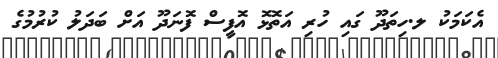
އެކަމަކު ލ.ހިތަދޫ ގައި ހުރި އަތޮޅޮ އޮފީސް ފޮނަދޫ އަށް ބަދަލު ކުރުމުގެ